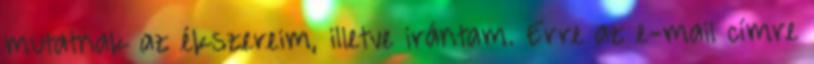
mutatnak az ékszereim, illetve irántam. Erre az e-mail címre